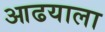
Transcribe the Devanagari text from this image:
आढयाला